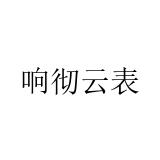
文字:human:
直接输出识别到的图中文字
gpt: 响彻云表